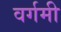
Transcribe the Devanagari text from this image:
वर्गमी